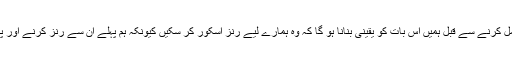
انہوں نے کہا کہ افتخار کو ٹیم میں شامل کرنے سے قبل ہمیں اس بات کو یقینی بنانا ہو گا کہ وہ ہمارے لیے رنز اسکور کر سکیں کیونکہ ہم پہلے ان سے رنز کرنے اور پھر باؤلنگ کرنے کی امید رکھتے ہیں۔